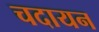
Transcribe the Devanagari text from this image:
चदायन